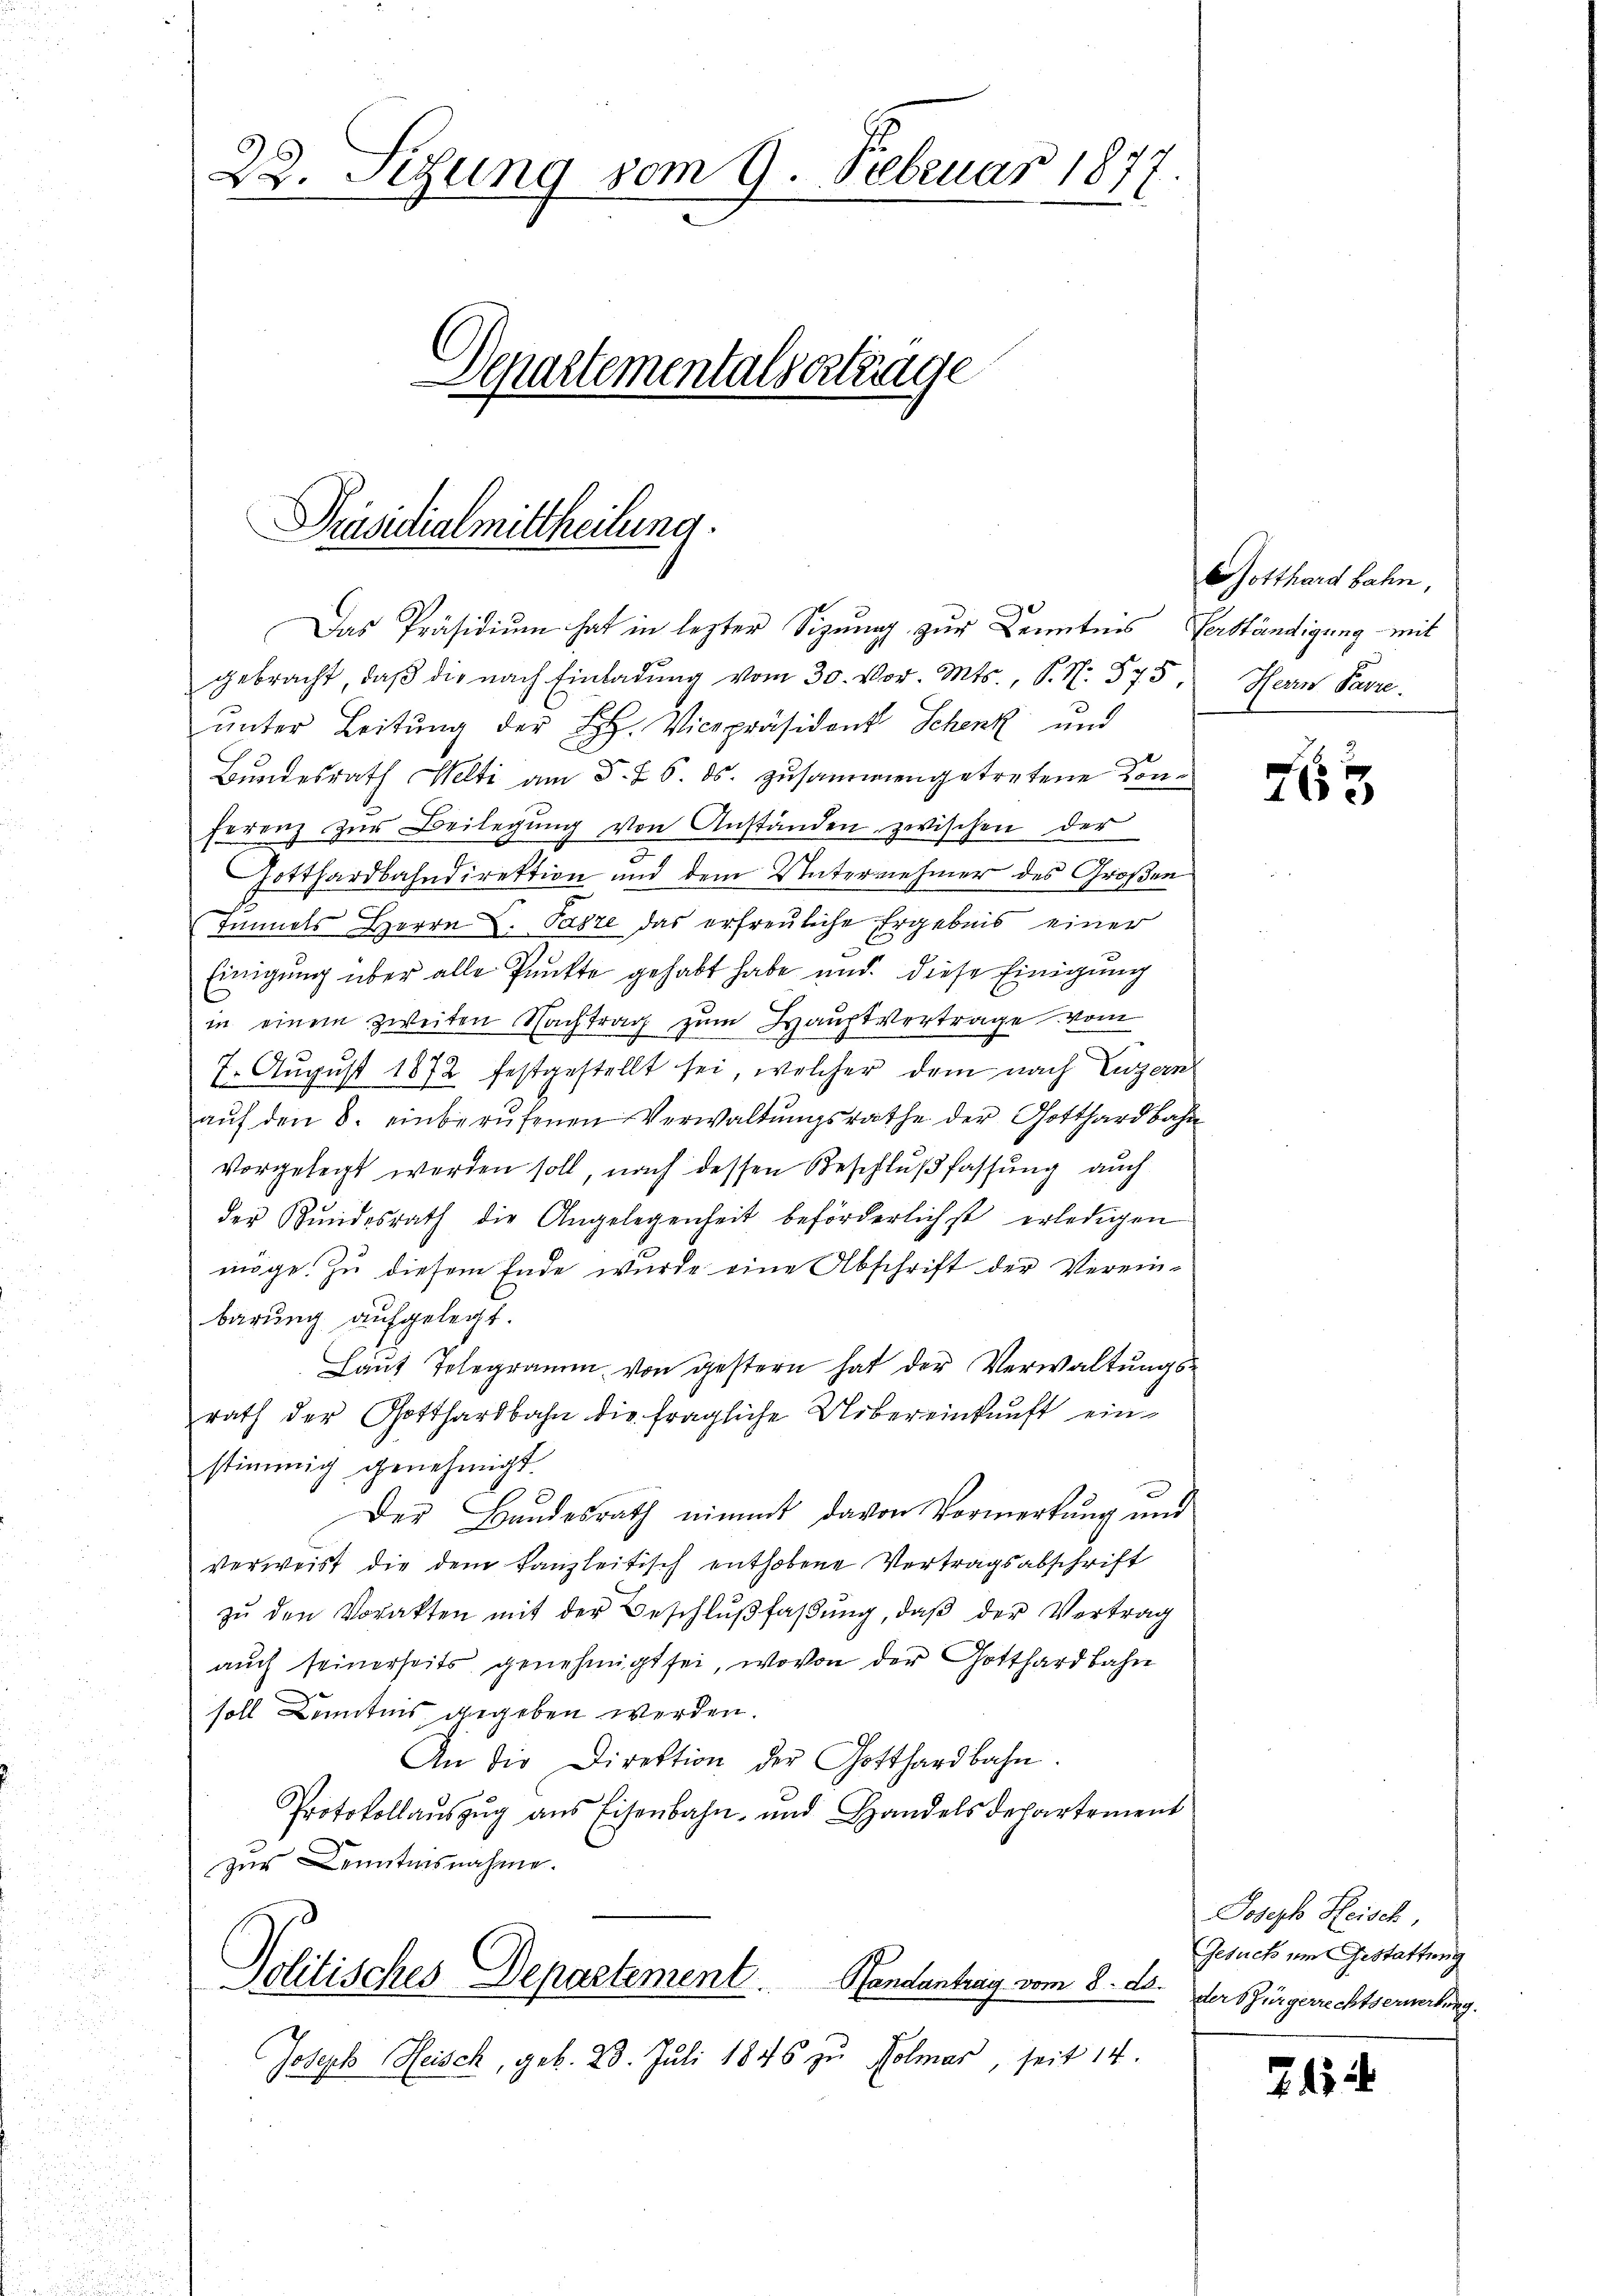
22. Setzung vom 9. Februar 187
Departementals ertrage

Präsidialmittheilung.

Das Präsidium hat in lezter Sizung zur Kenntnis Verständigung mit
gebracht, daß die nach Einladung vom 30. Vor. Mts., S. Nr. 575
ŭnter Leitŭng der H. Vicepräsident Schenk und
Bundesrath Welti am 5. d. 6. ds. zusammengetretene Konferenz zŭr Beilegŭng von Anständen zwischen der
Gotthardbahndirektion und dem Unternehmer des Großen
Immels Herrn D. Pazze das erfreuliche Ergebnis einer
Einigung über alle Punkte gehabt habe und diese Einigung
in einem zweiten Nachtrag zum Hauptvertrage vom
7. August 1872 festgestellt sei, welcher dem nach Luzern
aŭf den 8. einberŭfenen Verwaltŭngsrathe der Gotthardbahn
vorgelegt werden soll, nach dessen Beschlußfassung auch
der Kundesrath die Angelegenheit beförderlichst erledigen
möge. Zu diesem Ende wurde eine Abschrift der Verein-
barung aufgelegt.
Laŭt Telegramm von gestern hat der Verwaltŭngs-
rath der Gotthardbahn die fragliche Uebereinkunft einstimmig genehmigt.
Der Bundesrath nimmt davon Vormerkung und
verweist die dem Kanzleitisch enthobene Vertragsabschrift
zŭ den Vorakten mit der Beschlŭβfaβŭng, daβ der Vertrag
auch seinerseits genehmigt sei, wovon der Gotthardbahn
soll Kenntnis gegeben werden.
An die Direktion der Gotthardbahn.
Protokollauszug aus Eisenbahn- und Handels departement
zur Kenntnisnahme.

Politisches Departement. Handantrag vom 8. ds.

Joseph Heisch, geb. 23. Juli 1846 zu Kolmar, seit 14.

Gotthardbahn,
Herrn Parre

763

Joseph Heisch,
Gesuch um Gestattung
der Bürgerrechtserwerbung.

715